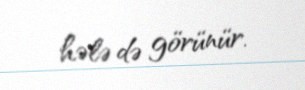
hələ də görünür.